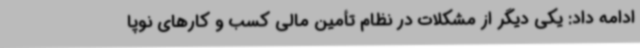
ادامه داد: یکی دیگر از مشکلات در نظام تأمین مالی کسب و کارهای نوپا